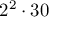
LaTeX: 2 ^ { 2 } \cdot 3 0